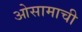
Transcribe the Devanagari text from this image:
ओसामाची